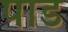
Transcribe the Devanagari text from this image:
पाड